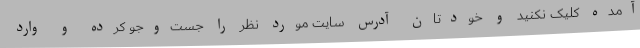
آمده کلیک نکنید و خودتان آدرس سایت مورد نظر را جست‌وجو کرده و وارد